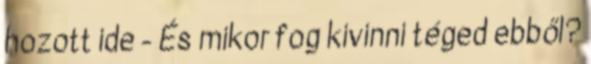
hozott ide - És mikor fog kivinni téged ebből?